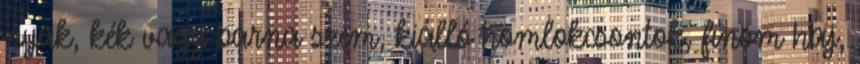
nyak, kék vagy barna szem, kiálló homlokcsontok, finom haj,